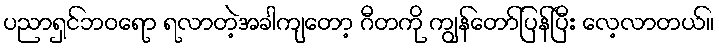
ပညာရှင်ဘဝရော ရလာတဲ့အခါကျတော့ ဂီတကို ကျွန်တော်ပြန်ပြီး လေ့လာတယ်။